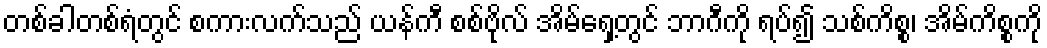
တစ်ခါတစ်ရံတွင် စကားလက်သည် ယန်ကီ စစ်ဗိုလ် အိမ်ရှေ့တွင် ဘာဂီကို ရပ်၍ သစ်ကိစ္စ၊ အိမ်ကိစ္စကို